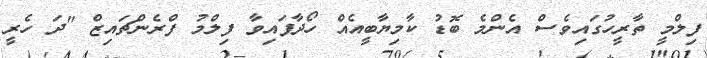
ފިލްމީ ތާރީހުގައިވެސް އެންމެ ބޮޑު ކާމިޔާބީއެއް ހޯދާފައިވާ ފިލްމު ފްރެންޗައިޒް "ދަ ހެރީ